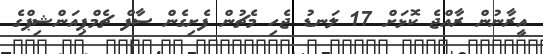
އީރާނުން ރާއްޖެ ކޮޅަށް 17 ލަނޑު ޖެހި މެޗުން ފެށިގެން ސާފް ޗެމްޕިއަންޝިޕްގެ